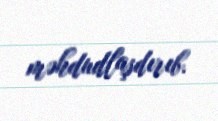
məhdudlaşdırıb.